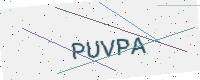
Text: PUVPA